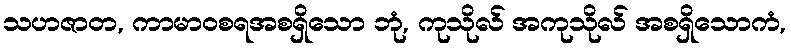
သဟဇာတ, ကာမာဝစရအစရှိသော ဘုံ, ကုသိုလ် အကုသိုလ် အစရှိသောကံ,